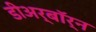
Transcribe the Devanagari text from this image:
डीअर्बॉर्न